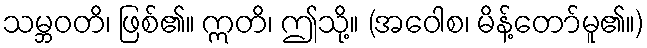
သမ္ဘဝတိ၊ ဖြစ်၏။ ဣတိ၊ ဤသို့။ (အဝေါစ၊ မိန့်တော်မူ၏။)